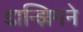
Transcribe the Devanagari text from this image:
डान्झिगने